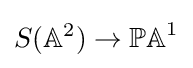
S(\mathbb {A} ^{2})\to \mathbb {PA} ^{1}